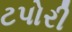
ટપોરી